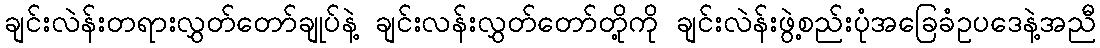
ချင်းလဲန်းတရားလွှတ်တော်ချုပ်နဲ့ ချင်းလန်းလွှတ်တော်တို့ကို ချင်းလဲန်းဖွဲ့စည်းပုံအခြေခံဥပဒေနဲ့အညီ